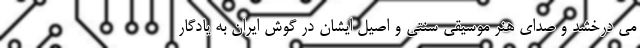
می درخشد و صدای هنر موسیقی سنتی و اصیل ایشان در گوش ایران به یادگار